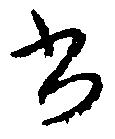
書